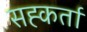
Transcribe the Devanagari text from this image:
सह्कर्ता